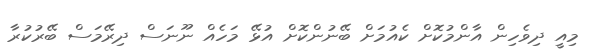
މިއީ ދިވެހިން އާންމުކޮށް ކެއުމަށް ބޭނުންކޮށް އުޅޭ މަހެއް ނޫނަސް ދިރޭމަސް ބޭރުކުރާ